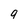
Character: 9